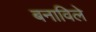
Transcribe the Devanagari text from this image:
बनाविले